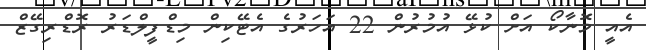
އެއީ މޮނާކޯ އަށް ކުޅޭ އުމުރުން 22 އަހަރުގެ އެޓޭކިން މިޑްފީލްޑަރު ރޮޑްރިގޭޒް